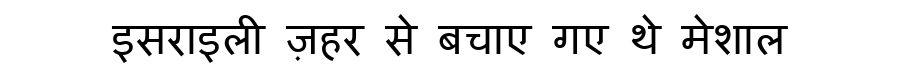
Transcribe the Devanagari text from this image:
इसराइली ज़हर से बचाए गए थे मेशाल